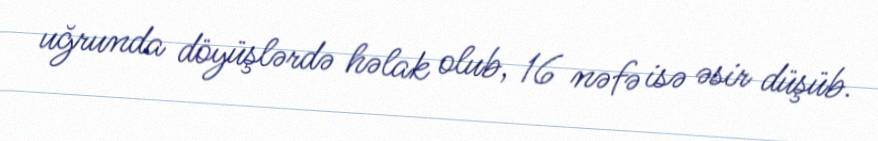
uğrunda döyüşlərdə həlak olub, 16 nəfə isə əsir düşüb.